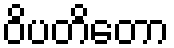
ဝိပတိတော